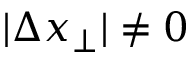
\vert \Delta x _ { \perp } \vert \neq 0